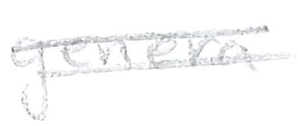
Text: genera
Cross-out: double-line
Writing tool: pencil